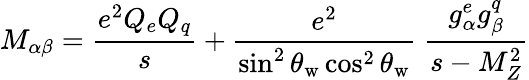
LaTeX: M_{\alpha\beta}=\frac{e^{2}Q_{e}Q_{q}}{s}+\frac{e^{2}}{\sin^{2}\theta_{\mathrm{w}}\cos^{2}\theta_{\mathrm{w}}}\; \frac{g_{\alpha}^{e}g_{\beta}^{q}}{s-M_{Z}^{2}}